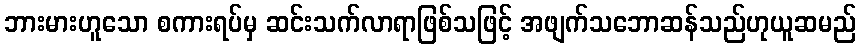
ဘားမားဟူသော စကားရပ်မှ ဆင်းသက်လာရာဖြစ်သဖြင့် အဖျက်သဘောဆန်သည်ဟုယူဆမည်